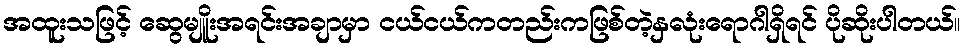
အထူးသဖြင့် ဆွေမျိူးအရင်းအချာမှာ ငယ်ငယ်ကတည်းကဖြစ်တဲ့နှလုံးရောဂါရှိရင် ပိုဆိုးပါတယ်။